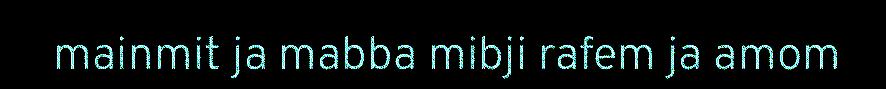
mainmit ja mabba mibji rafem ja amom